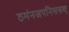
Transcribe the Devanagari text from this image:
ठमंनजपनिससश्